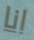
انا